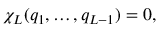
\chi _ { \cal L } ( q _ { 1 } , \dots , q _ { { \cal L } - 1 } ) = 0 ,